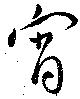
宵